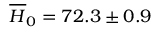
\overline { { H } } _ { 0 } = 7 2 . 3 \pm 0 . 9